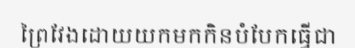
ព្រៃវែងដោយយកមកកិនបំបែកធ្វើជា